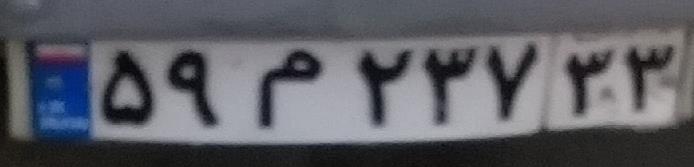
۵۹م۲۳۷۳۳